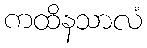
ကထိနသာလံ